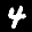
Label: 4